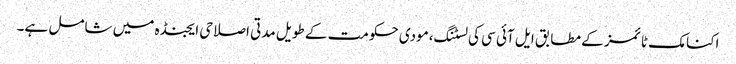
اکنامک ٹائمز کے مطابق ایل آئی سی کی لسٹنگ،مودی حکومت کے طویل مدتی اصلاحی ایجنڈہ میں شامل ہے۔